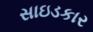
સાઇડકાર